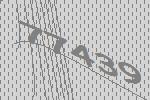
77439